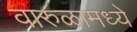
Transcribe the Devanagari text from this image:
वारुळामध्ये